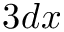
3 d x